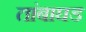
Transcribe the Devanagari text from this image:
तांबाघड